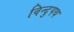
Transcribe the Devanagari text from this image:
विन्दुपथ